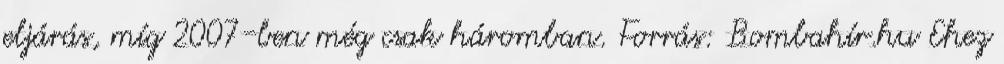
eljárás, míg 2007-ben még csak háromban. Forrás: Bombahír.hu Ehez